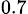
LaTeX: _{0.7}